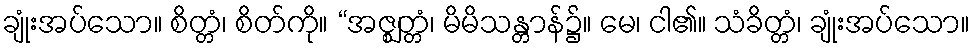
ချုံးအပ်သော။ စိတ္တံ၊ စိတ်ကို။ “အဇ္ဈတ္တံ၊ မိမိသန္တာန်၌။ မေ၊ ငါ၏။ သံခိတ္တံ၊ ချုံးအပ်သော။